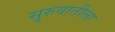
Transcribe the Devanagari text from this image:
सु्रुवातीला